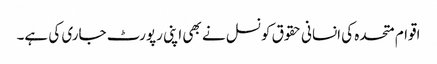
اقوام متحدہ کی انسانی حقوق کونسل نے بھی اپنی رپورٹ جاری کی ہے۔